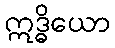
ဣဒ္ဓိယော